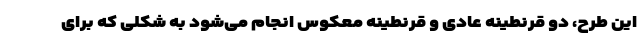
این طرح، دو قرنطینه عادی و قرنطینه معکوس انجام می‌شود به شکلی که برای